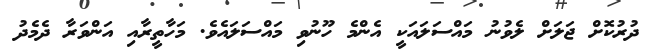
ދުރުކޮށް ޖަލަށް ލެވުނު މައްސަލައަކީ އެންމެ ހޫނުވި މައްސަލައެވެ. މަހާތީރާއި އަންވަރާ ދެމެދު